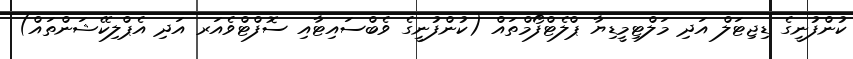
ކުންފުނީގެ ޑިޖިޓަލް އަދި މަލްޓިމީޑިޔާ ޕްލެޓްފޯމްތައްް (ކުންފުނީގެ ވެބްސައިޓާއި ސޮފްޓްވެއަރ އަދި އެޕްލިކޭޝަންތައް)